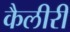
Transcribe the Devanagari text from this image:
कैलीरी